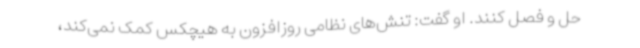
حل و فصل کنند. او گفت: تنش‌های نظامی روزافزون به هیچکس کمک نمی‌کند،